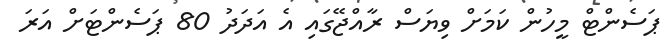
ޕަސެންޓް މީހުން ކަމަށް ވިޔަސް ރާއްޖޭގައި އެ އަދަދު 80 ޕަސެންޓަށް އަރަ